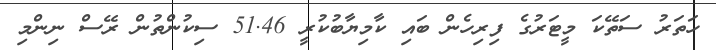
ހަތަރު ސަތޭކަ މީޓަރުގެ ފިރިހެން ބައި ކާމިޔާބުކުރީ 51.46 ސިކުންތުން ރޭސް ނިންމި